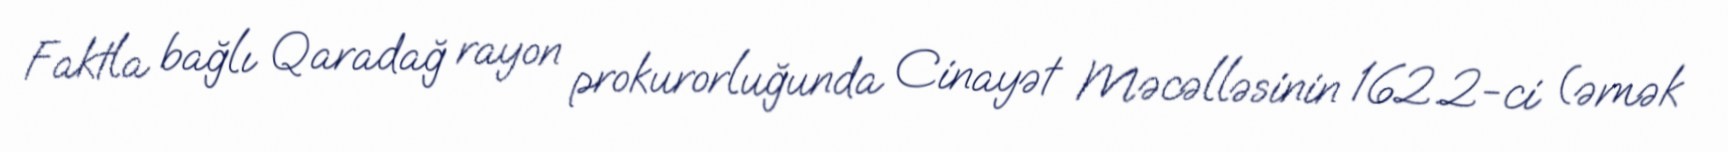
Faktla bağlı Qaradağ rayon prokurorluğunda Cinayət Məcəlləsinin 162.2-ci (əmək